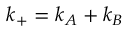
\boldsymbol { k } _ { + } = \boldsymbol { k } _ { A } + \boldsymbol { k } _ { B }